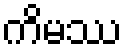
ကိမဿ